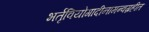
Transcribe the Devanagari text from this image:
भर्तृवियोगादीनामन्वग्रहीत